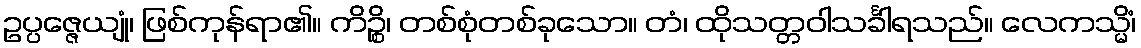
ဥပ္ပဇ္ဇေယျုံ၊ ဖြစ်ကုန်ရာ၏။ ကိဉ္စိ၊ တစ်စုံတစ်ခုသော။ တံ၊ ထိုသတ္တဝါသင်္ခါရသည်။ လေကသ္မိံ၊